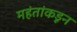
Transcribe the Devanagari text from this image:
महंतांकडून